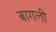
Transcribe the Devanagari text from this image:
बागली